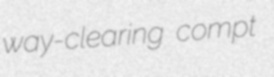
way-clearing compt